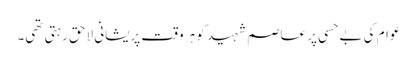
عوام کی بے حسی پر عاصم شہید کو ہر وقت پریشانی لاحق رہتی تھی۔